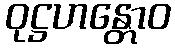
ဝုဋ္ဌဟန္တောဝ